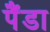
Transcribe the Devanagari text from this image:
पैंडा